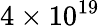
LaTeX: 4\times 10^{19}